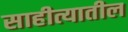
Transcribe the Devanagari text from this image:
साहीत्यातील